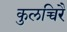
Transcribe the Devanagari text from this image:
कुलच्चिरै